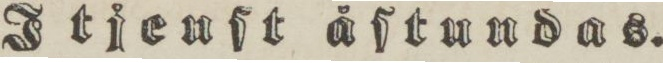
Itjenſt åſtundas.